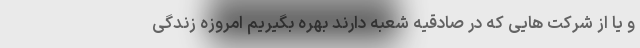
و یا از شرکت هایی که در صادقیه شعبه دارند بهره بگیریم امروزه زندگی